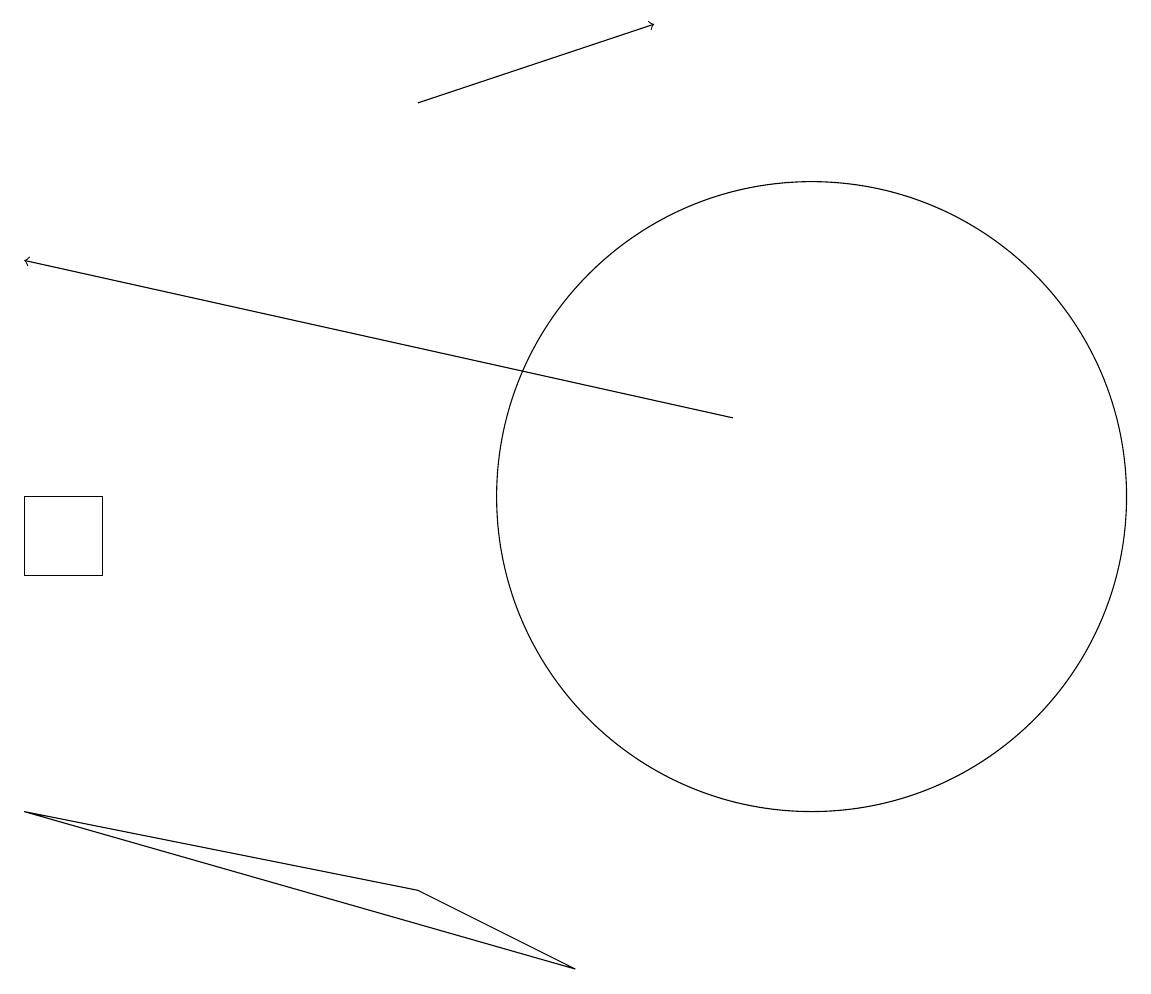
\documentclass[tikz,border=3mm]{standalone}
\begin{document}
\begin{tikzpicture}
\draw[->] (5,16) -- (8,17);
\draw (7,5) -- (0,7) -- (5,6) -- cycle;
\draw[->] (9,12) -- (0,14);
\draw (1,11) rectangle (0,10);
\draw (10,11) circle (4);
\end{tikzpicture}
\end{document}